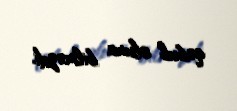
qəbul oluna bilməzdi.